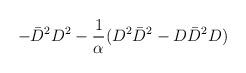
LaTeX: \begin{align*}- \bar{D}^2 D^2 - {1 \over \alpha} (D^2 \bar{D}^2 - D \bar{D}^2 D )\end{align*}